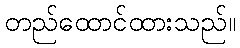
တည်ထောင်ထားသည်။